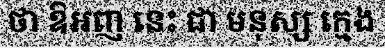
ថា ឱអញ នេះ ជា មនុស្ស ក្មេង